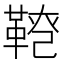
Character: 𩋕